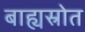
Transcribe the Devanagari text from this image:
बाह्यस्रोत